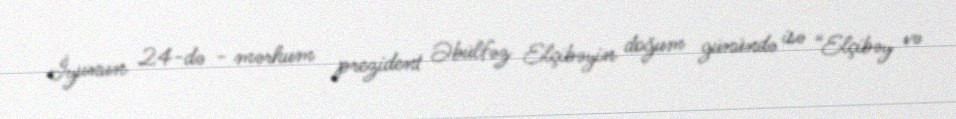
İyunun 24-də - mərhum prezident Əbülfəz Elçibəyin doğum günündə isə “Elçibəy və